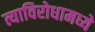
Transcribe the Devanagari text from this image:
त्याविरोधामध्ये